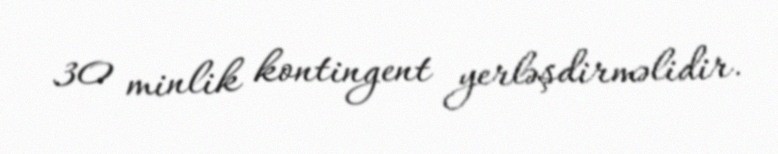
30 minlik kontingent yerləşdirməlidir.